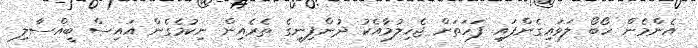
އެންމެން ހޯބޯ ލަވައިގެންފައި ފަހަތަށް ޖެހިލުމާއެކު ދުންފިނީގެ ތެރެއިން ނިކުމެގެން އައިސް ބީއްސާލި